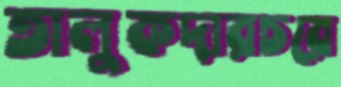
তালুকদারচরে